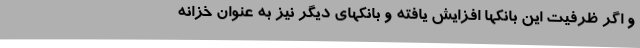
و اگر ظرفیت این بانکها افزایش یافته و بانکهای دیگر نیز به عنوان خزانه